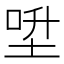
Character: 𡌍